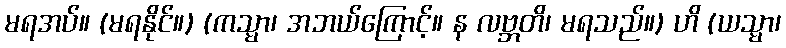
မရအပ်။ (မရနိုင်။) (ကသ္မာ၊ အဘယ်ကြောင့်။ န လဗ္ဘတိ၊ မရသည်။) ဟိ (ယသ္မာ၊